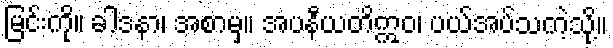
မြင်းကို။ ခါဒနာ၊ အစာမှ။ အပနီယတိဣဝ၊ ပယ်အပ်သကဲ့သို့။